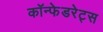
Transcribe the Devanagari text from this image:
कॉन्फेडरेट्स